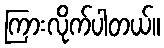
ကြားလိုက်ပါတယ်။